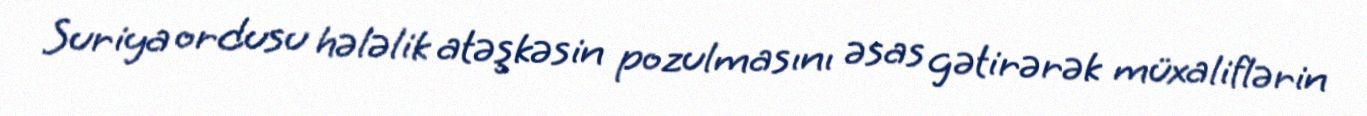
Suriya ordusu hələlik atəşkəsin pozulmasını əsas gətirərək müxaliflərin